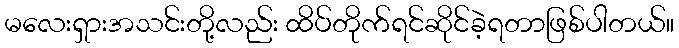
မလေးရှားအသင်းတို့လည်း ထိပ်တိုက်ရင်ဆိုင်ခဲ့ရတာဖြစ်ပါတယ်။